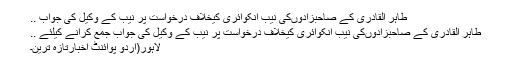
طاہر القادری کے صاحبزادوںکی نیب انکوائری کیخلاف درخواست پر نیب کے وکیل کی جواب ..
طاہر القادری کے صاحبزادوںکی نیب انکوائری کیخلاف درخواست پر نیب کے وکیل کی جواب جمع کرانے کیلئے ..
لاہور(اُردو پوائنٹ اخبارتازہ ترین۔